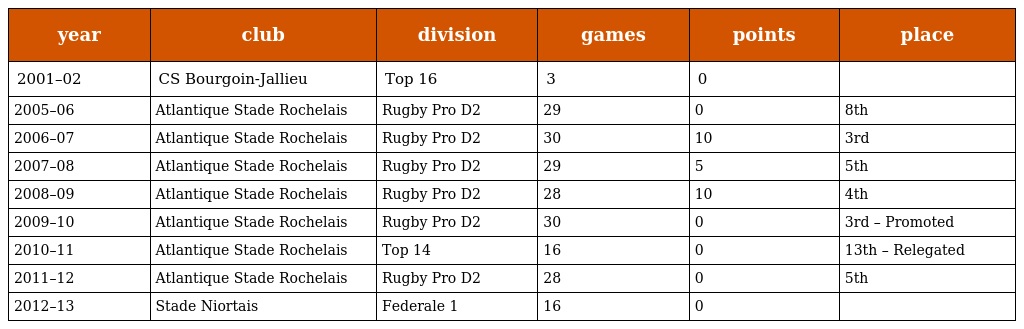
| year | club | division | games | points | place |
 | --- | --- | --- | --- | --- | --- |
 | 2001–02 | CS Bourgoin-Jallieu | Top 16 | 3 | 0 |  |
 | 2005–06 | Atlantique Stade Rochelais | Rugby Pro D2 | 29 | 0 | 8th |
 | 2006–07 | Atlantique Stade Rochelais | Rugby Pro D2 | 30 | 10 | 3rd |
 | 2007–08 | Atlantique Stade Rochelais | Rugby Pro D2 | 29 | 5 | 5th |
 | 2008–09 | Atlantique Stade Rochelais | Rugby Pro D2 | 28 | 10 | 4th |
 | 2009–10 | Atlantique Stade Rochelais | Rugby Pro D2 | 30 | 0 | 3rd – Promoted |
 | 2010–11 | Atlantique Stade Rochelais | Top 14 | 16 | 0 | 13th – Relegated |
 | 2011–12 | Atlantique Stade Rochelais | Rugby Pro D2 | 28 | 0 | 5th |
 | 2012–13 | Stade Niortais | Federale 1 | 16 | 0 |  |